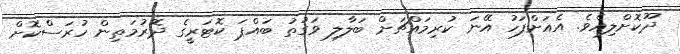
ދޫކޮށްލިއެވެ. އެއަށްފަހު އޭނަ ކުރިމައްޗަށް ބަލާލި ވަގުތު ބައްޕަ ކޮޓަރީގެ ދޮރުމަތިން ހުރަސްކޮށް